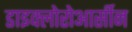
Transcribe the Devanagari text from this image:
डाइक्लोरोआर्सीन